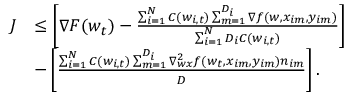
\begin{array} { r l } { \boldsymbol { J } } & { \le \left[ \nabla F ( \boldsymbol { w } _ { t } ) - \frac { \sum _ { i = 1 } ^ { N } C ( \boldsymbol { w } _ { i , t } ) \sum _ { m = 1 } ^ { D _ { i } } \nabla f ( \boldsymbol { w } , \boldsymbol { x } _ { i m } , y _ { i m } ) } { \sum _ { i = 1 } ^ { N } D _ { i } C ( \boldsymbol { w } _ { i , t } ) } \right] } \\ & { - \left[ \frac { \sum _ { i = 1 } ^ { N } C ( \boldsymbol { w } _ { i , t } ) \sum _ { m = 1 } ^ { D _ { i } } \nabla _ { \boldsymbol { w x } } ^ { 2 } f ( \boldsymbol { w } _ { t } , \boldsymbol { x } _ { i m } , y _ { i m } ) \boldsymbol { n } _ { i m } } { D } \right] . } \end{array}